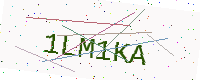
Text: 1LM1KA